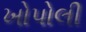
ખોપોલી